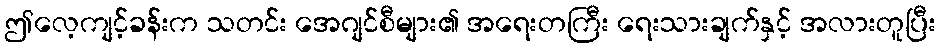
ဤလေ့ကျင့်ခန်းက သတင်း အေဂျင်စီများ၏ အရေးတကြီး ရေးသားချက်နှင့် အလားတူပြီး